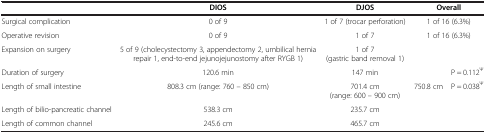
<table><thead><tr><td><b> </b></td><td><b>DIOS</b></td><td><b>DJOS</b></td><td colspan="2"><b>Overall</b></td></tr></thead><tbody><tr><td>Surgical complication</td><td>0 of 9</td><td>1 of 7 (trocar perforation)</td><td colspan="2">1 of 16 (6.3%)</td></tr><tr><td>Operative revision</td><td>0 of 9</td><td>1 of 7</td><td colspan="2">1 of 16 (6.3%)</td></tr><tr><td>Expansion on surgery</td><td>5 of 9 (cholecystectomy 3, appendectomy 2, umbilical hernia repair 1, end-to-end jejunojejunostomy after RYGB 1)</td><td>1 of 7 (gastric band removal 1)</td><td> </td><td> </td></tr><tr><td>Duration of surgery</td><td>120.6 min</td><td>147 min</td><td> </td><td>P = 0.112<sup>Ψ</sup></td></tr><tr><td>Length of small intestine</td><td>808.3 cm (range: 760 – 850 cm)</td><td>701.4 cm (range: 600 – 900 cm)</td><td>750.8 cm</td><td>P = 0.038<sup>Ψ</sup></td></tr><tr><td>Length of bilio-pancreatic channel</td><td>538.3 cm</td><td>235.7 cm</td><td> </td><td> </td></tr><tr><td>Length of common channel</td><td>245.6 cm</td><td>465.7 cm</td><td> </td><td> </td></tr></tbody></table>